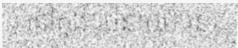
) នៅក្នុង រចនាបថ នេះ